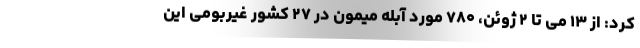
کرد: از ۱۳ می تا ۲ ژوئن، ۷۸۰ مورد آبله میمون در ۲۷ کشور غیربومی این